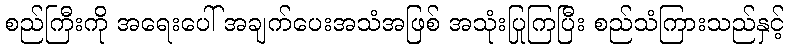
စည်ကြီးကို အရေးပေါ် အချက်ပေးအသံအဖြစ် အသုံးပြုကြပြီး စည်သံကြားသည်နှင့်